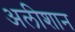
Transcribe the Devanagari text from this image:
अलीशान